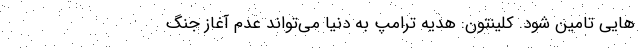
هایی تامین شود. کلینتون: هدیه ترامپ به دنیا می‌تواند عدم آغاز جنگ